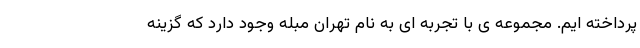
پرداخته ایم. مجموعه ی با تجربه ای به نام تهران مبله وجود دارد که گزینه